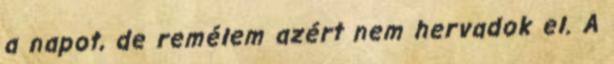
a napot, de remélem azért nem hervadok el. A